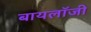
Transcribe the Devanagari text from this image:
बायलॉजी